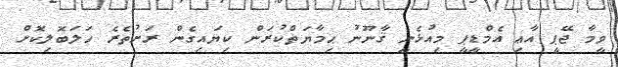
ވީމާ ޖޭޕީ އާޢި އެމްޑީޕީ މިއުޅެނީ ޤާނޫނު ޙިމާޔަތްކުރަން ކިޔައިގެން ރަށުތެރެ ހަލަބޮލިކޮށް